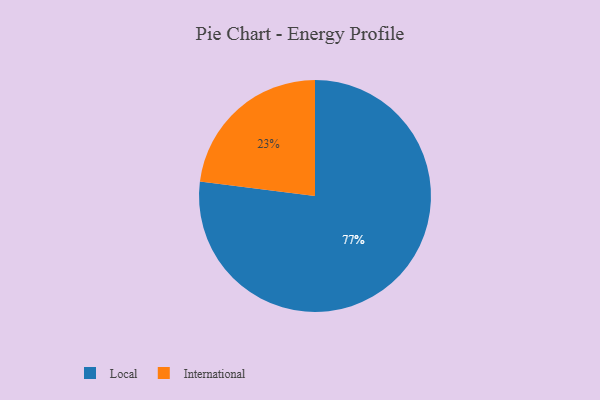
{"axis": {"x": "Category", "y": "Percentage"}, "legend": ["International", "Local"], "data": [{"x": "International", "y": 23, "type": "International"}, {"x": "Local", "y": 77, "type": "Local"}]}